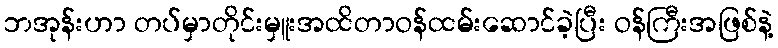
ဘအုန်းဟာ တပ်မှာတိုင်းမှူးအထိတာဝန်ထမ်းဆောင်ခဲ့ပြီး ဝန်ကြီးအဖြစ်နဲ့